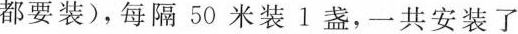
都要装)，每隔50米装1盏，一共安装了